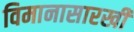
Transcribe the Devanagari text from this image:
विमानासारखी